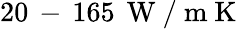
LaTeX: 20\, -\, 165\, \mathrm{~W~/~m~K~}